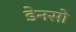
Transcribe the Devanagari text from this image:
डेनसो